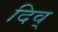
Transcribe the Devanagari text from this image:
दिव्‌